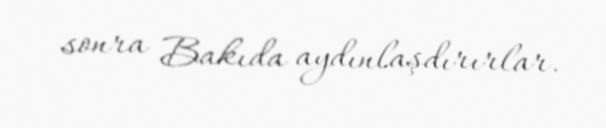
sonra Bakıda aydınlaşdırırlar.